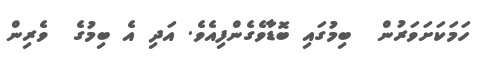
ހަމަކަށަވަރުން  ބިމުގައި ބޮޑާވެގެންފިއެވެ. އަދި އެ ބިމުގެ  ވެރިން